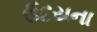
ઉદયના